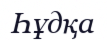
Һұдқа